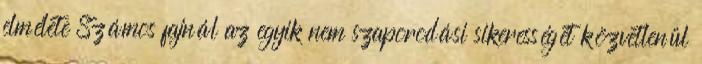
elmélete Számos fajnál az egyik nem szaporodási sikerességét közvetlenül